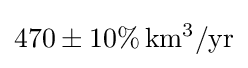
470\pm 10\%\,\mathrm {km^{3}/yr}